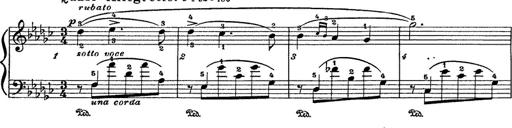
Title: 6 Polish Songs
Composer: Franz Liszt